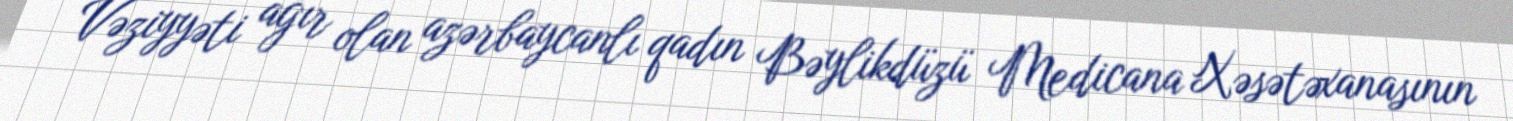
Vəziyyəti ağır olan azərbaycanlı qadın Bəylikdüzü Medicana Xəsətəxanasının